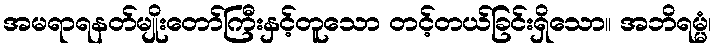
အမရာရနတ်မျိုးတော်ကြီးနှင့်တူသော တင့်တယ်ခြင်းရှိသော။ အဘိရမ္မံ၊